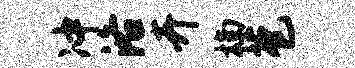
冲洛卉楠苞